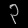
Digit: ၃